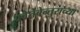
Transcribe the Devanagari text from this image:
फ्वेर्तेबेन्तुराच्या